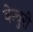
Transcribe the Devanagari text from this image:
वेन्चुरी